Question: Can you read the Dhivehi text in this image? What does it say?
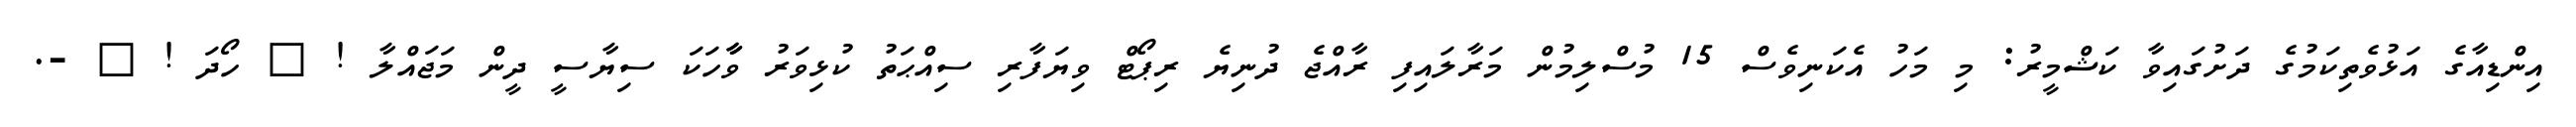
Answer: އިންޑިއާގެ އަޅުވެތިކަމުގެ ދަށުގައިވާ ކަޝްމީރު: މި މަހު އެކަނިވެސް 15 މުސްލިމުން މަރާލައިފި ރާއްޖެ ދުނިޔެ ރިޕޯޓް ވިޔަފާރި ސިއްޙަތު ކުޅިވަރު ވާާހަކަ ސިޔާސީ ދީން މަޖައްލާ ! ? ހޯދަ ! ? -.